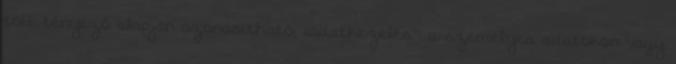
több tényező alapján azonosítható; „adatkezelés”: a személyes adatokon vagy